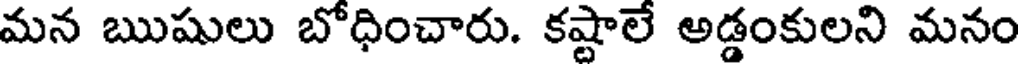
మన ఋషులు బోధించారు. కష్టాలే అడ్డంకులని మనం